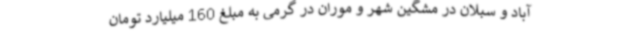
آباد و سبلان در مشگین شهر و موران در گرمی به مبلغ 160 میلیارد تومان